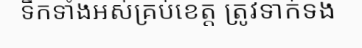
ទឹកទាំងអស់គ្រប់ខេត្ត ត្រូវទាក់ទង